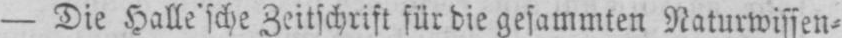
- Die Halle’sche Zeitschrift für die gesammten Naturwissen⸗